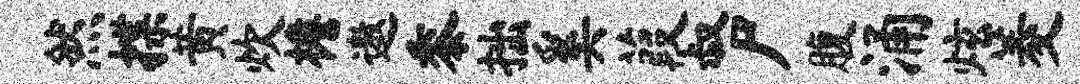
然揲黄炊檐遨黍拙奚葭叔尸腹涌炫菱